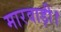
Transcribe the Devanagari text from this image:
मारवाड़ी।